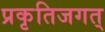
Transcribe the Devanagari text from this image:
प्रकृतिजगत्‌